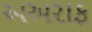
અઅરાફ